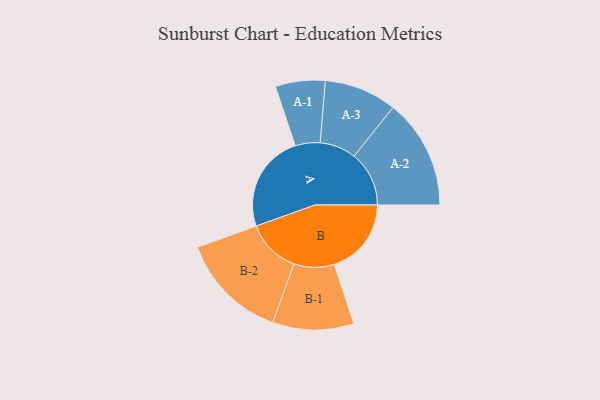
{"axis": {"x": "Segment", "y": "Value"}, "legend": ["", "A", "B"], "data": [{"x": "A", "y": 444, "type": ""}, {"x": "B", "y": 350, "type": ""}, {"x": "A-1", "y": 113, "type": "A"}, {"x": "A-2", "y": 250, "type": "A"}, {"x": "A-3", "y": 165, "type": "A"}, {"x": "B-1", "y": 184, "type": "B"}, {"x": "B-2", "y": 246, "type": "B"}]}